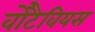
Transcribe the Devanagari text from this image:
वोंटैवियस